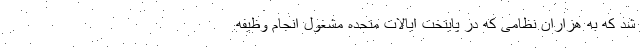
شد که به هزاران نظامی که در پایتخت ایالات متحده مشغول انجام وظیفه